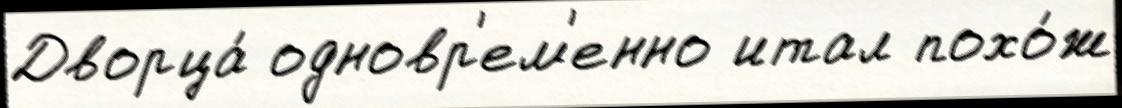
Дворца́ одновр'ем'енно итал похо́ж